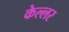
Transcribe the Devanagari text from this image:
केल्लर